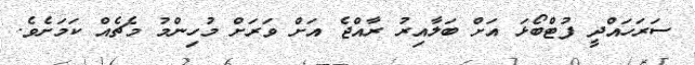
ސަރަހައްދީ ފުޓްބޯޅަ އަށް ބަލާއިރު ރާއްޖެ އަށް ވަރަށް މުހިންމު މެޗެއް ކަމަށެވެ.